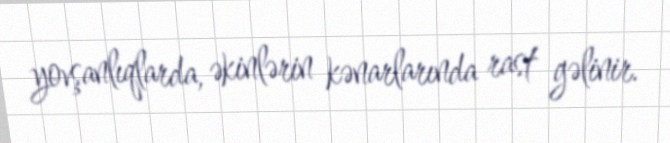
yovşanlıqlarda, əkinlərin kənarlarında rast gəlinir.